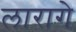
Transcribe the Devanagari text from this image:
लारागे